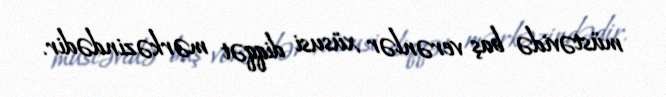
müstəvidə baş verənlər xüsusi diqqət mərkəzindədir.